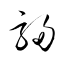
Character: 駸